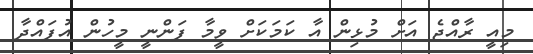
މިއީ ރާއްޖެ އަށް މުޅިން އާ ކަމަކަށް ވީމާ ފަންނީ މީހުން އުފައްދާ